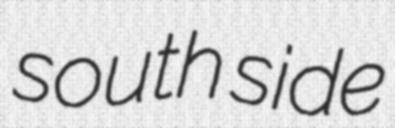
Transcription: south side